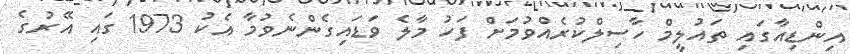
އިންޑިއާގައި ތައުލީމް ހާސިލްކުރެއްވުމަށް ފަހު މާލެ ވަޑައިގެންނެވުމާ އެކު 1973 ގައި އޭރުގެ